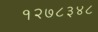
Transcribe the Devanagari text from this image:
१२७८३४८